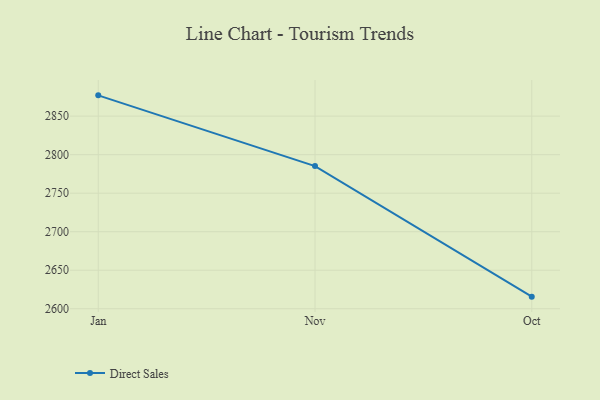
{"axis": {"x": "Month", "y": "Demand Index"}, "legend": ["Direct Sales"], "data": [{"x": "Jan", "y": 2877.0, "type": "Direct Sales"}, {"x": "Nov", "y": 2785.2, "type": "Direct Sales"}, {"x": "Oct", "y": 2615.7, "type": "Direct Sales"}]}